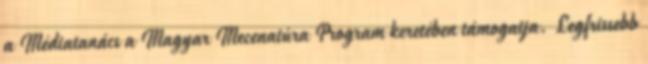
a Médiatanács a Magyar Mecenatúra Program keretében támogatja. Legfrissebb